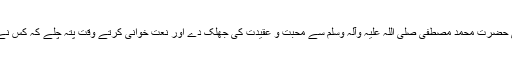
ان کے نزدیک نعت کا ایک ایک شعر پیارے نبی حضرت محمد مصطفی صلی اللہ علیہ وآلہ وسلم سے محبت و عقیدت کی جھلک دے اور نعت خوانی کرتے وقت پتہ چلے کہ کس نے محبت کے تقاضوں کی کتنی پاسداری کی ہے ۔